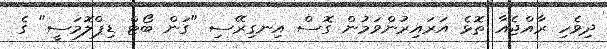
ދިވެހި ރާއްޖެއާ ތޮޅެ އަރައިރުންވަމުން ގޮސް އިނގިރޭސި "ގަން ބޯޓް ޑިޕްލޮމަސީ" ގެ